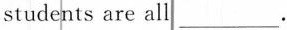
students are all ___.